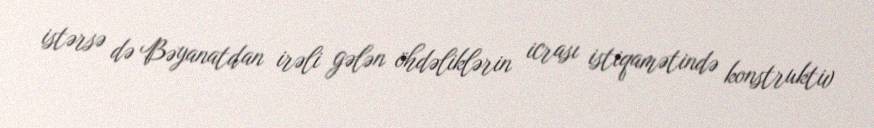
istərsə də Bəyanatdan irəli gələn öhdəliklərin icrası istiqamətində konstruktiv